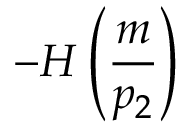
- H \left( \frac { m } { p _ { 2 } } \right)